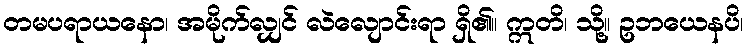
တမပရာယနော၊ အမိုက်လျှင် လဲလျောင်းရာ ရှိ၏။ ဣတိ၊ သို့။ ဥဘယေနပိ၊